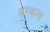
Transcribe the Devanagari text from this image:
वरकस